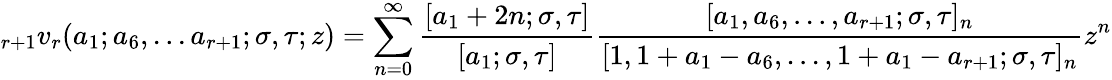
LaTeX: \displaystyle_{r+1}v_{r}(a_{1};a_{6},...a_{r+1};\sigma,\tau;z)=\sum_{n=0}^{\infty}{\frac{[a_{1}+2n;\sigma,\tau]}{[a_{1};\sigma,\tau]}}{\frac{[a_{1},a_{6},...,a_{r+1};\sigma,\tau]_{n}}{[1,1+a_{1}-a_{6},...,1+a_{1}-a_{r+1};\sigma,\tau]_{n}}}z^{n}